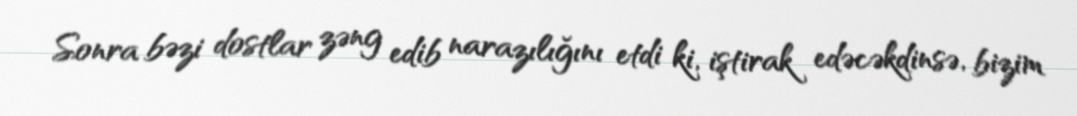
Sonra bəzi dostlar zəng edib narazılığını etdi ki, iştirak edəcəkdinsə, bizim